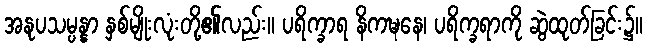
အနုပသမ္ပန္နာ နှစ်မျိုးလုံးတို့၏လည်း။ ပရိက္ခာရ နိကဍ္ဎနေ၊ ပရိက္ခရာကို ဆွဲထုတ်ခြင်း၌။